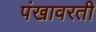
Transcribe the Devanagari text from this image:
पंखावरती